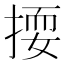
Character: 𱠕